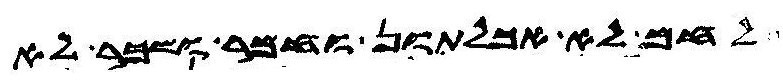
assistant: לחם לא אכלתון וחמר ושכר לא